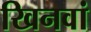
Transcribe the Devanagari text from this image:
खिनवां